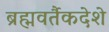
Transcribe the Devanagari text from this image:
ब्रह्मवर्तैकदेशे